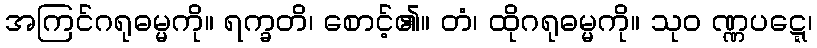
အကြင်ဂရုဓမ္မကို။ ရက္ခတိ၊ စောင့်၏။ တံ၊ ထိုဂရုဓမ္မကို။ သုဝ ဏ္ဏပဋ္ဋေ၊